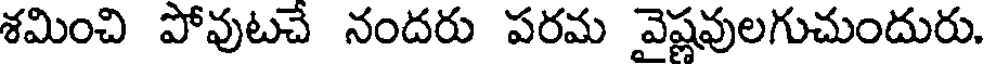
శమించి పోవుటచే నందరు పరమ వైష్ణవులగుచుందురు.